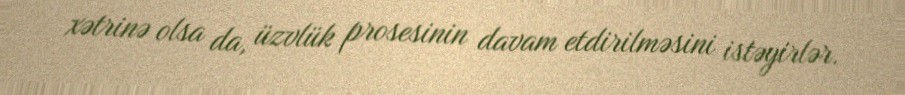
xətrinə olsa da, üzvlük prosesinin davam etdirilməsini istəyirlər.